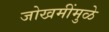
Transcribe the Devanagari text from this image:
जोखमींमुळे